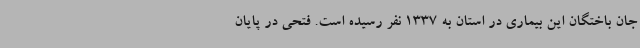
جان باختگان این بیماری در استان به 1337 نفر رسیده است. فتحی در پایان